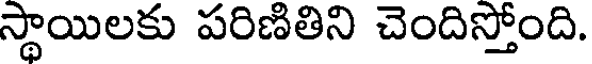
స్థాయిలకు పరిణితిని చెందిస్తోంది.